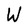
Character: W